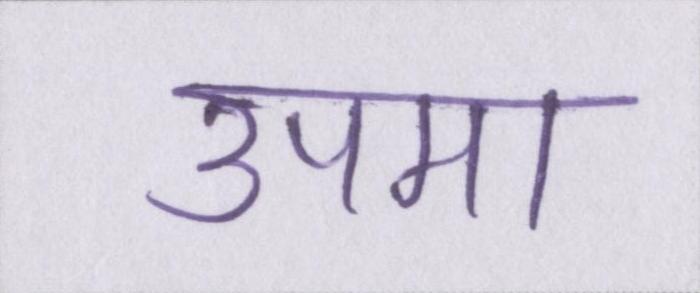
उपमा